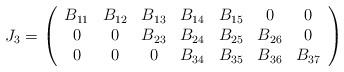
LaTeX: \begin{align*}J_3=\left (\begin{array}{ccccccc} B_{11} & B_{12} & B_{13} & B_{14} & B_{15} & 0 & 0\\0 & 0 & B_{23} & B_{24} & B_{25} & B_{26} & 0\\0 & 0 & 0 & B_{34} & B_{35} & B_{36} & B_{37}\end{array}\right)\end{align*}